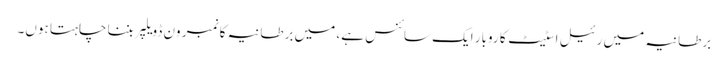
برطانیہ میں رئیل اسٹیٹ کا روبار ایک سائنس ہے، میں برطانیہ کا نمبر ون ڈویلپر بننا چاہتا ہوں۔